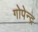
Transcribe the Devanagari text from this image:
गोपेन्द्र